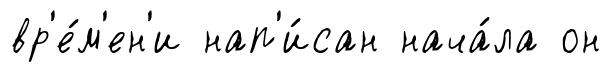
вр'е́м'ен'и нап'и́сан нача́ла он